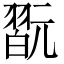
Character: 翫